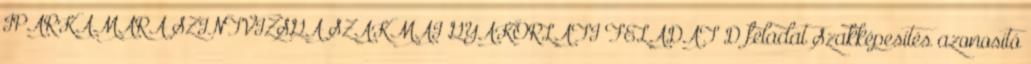
IPARKAMARA SZINTVIZSGA SZAKMAI GYAKORLATI FELADAT D feladat Szakképesítés azonosító